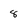
Character: 8